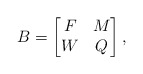
\begin{align*}B=\begin{bmatrix} F & M \\ W & Q\end{bmatrix},\end{align*}